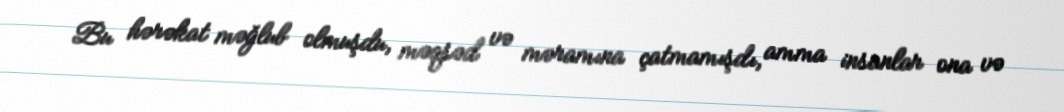
Bu hərəkat məğlub olmuşdu, məqsəd və məramına çatmamışdı, amma insanlar ona və